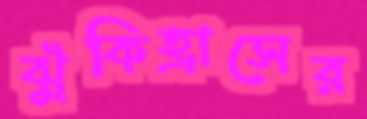
ঝুঁকিহ্রাসের